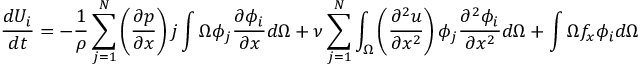
{ \frac { d U _ { i } } { d t } } = - { \frac { 1 } { \rho } } \sum _ { j = 1 } ^ { N } \left( { \frac { \partial p } { \partial x } } \right) j \int { \Omega } \phi _ { j } { \frac { \partial \phi _ { i } } { \partial x } } d \Omega + \nu \sum _ { j = 1 } ^ { N } \int _ { \Omega } \left( { \frac { \partial ^ { 2 } u } { \partial x ^ { 2 } } } \right) \phi _ { j } { \frac { \partial ^ { 2 } \phi _ { i } } { \partial x ^ { 2 } } } d \Omega + \int { \Omega } f _ { x } \phi _ { i } d \Omega